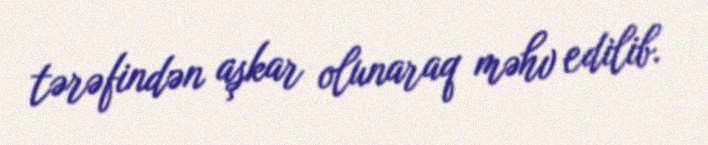
tərəfindən aşkar olunaraq məhv edilib.